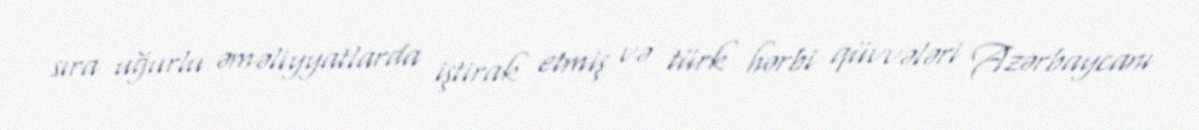
sıra uğurlu əməliyyatlarda iştirak etmiş və türk hərbi qüvvələri Azərbaycanı